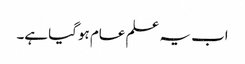
اب یہ علم عام ہوگیا ہے۔